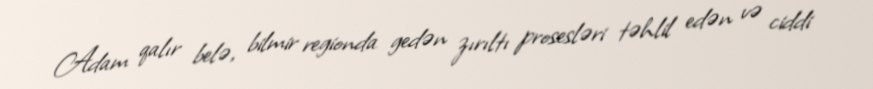
Adam qalır belə, bilmir regionda gedən zırıltı prosesləri təhlil edən və ciddi